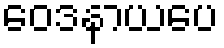
ဝေဒနာယပေ